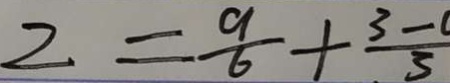
2 = \frac { 9 } { 6 } + \frac { 3 - } { 5 }